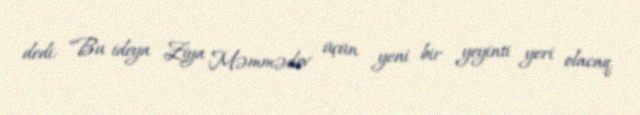
dedi: “Bu ideya Ziya Məmmədov üçün yeni bir yeyinti yeri olacaq.